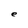
Character: e